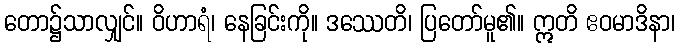
တော၌သာလျှင်။ ဝိဟာရံ၊ နေခြင်းကို။ ဒဿေတိ၊ ပြတော်မူ၏။ ဣတိ ဧဝမာဒိနာ၊